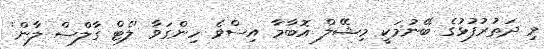
މި ދަތުރުފުޅުގެ ބޭނުމަކީ މިޝޭލް އޮބާމާ އިސްވެ ހިންގަވާ 'ލެޓް ގާލްސް ލާން'